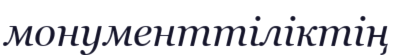
монументтіліктің